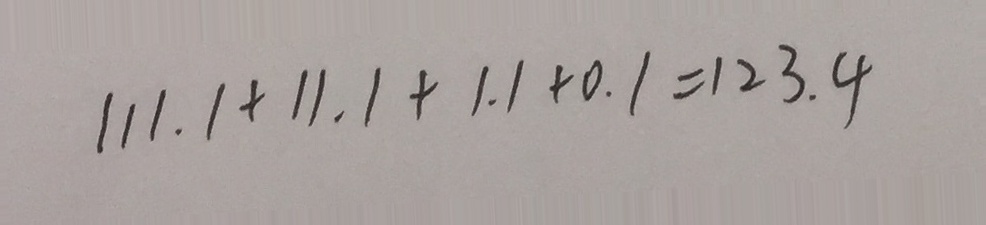
1 1 1 . 1 + 1 1 . 1 + 1 . 1 + 0 . 1 = 1 2 3 . 4